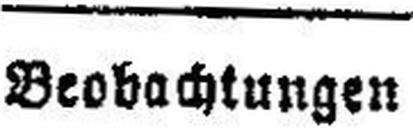
Beobachtungen